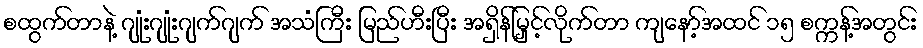
စထွက်တာနဲ့ ဂျုံးဂျုံးဂျက်ဂျက် အသံကြီး မြည်ဟီးပြီး အရှိန်မြှင့်လိုက်တာ ကျနော့်အထင် ၁၅ စက္ကန့်အတွင်း